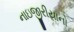
નાઇજીરીયાનો